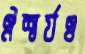
ঐশ্বর্যও